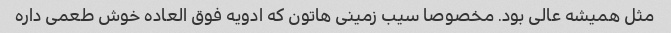
‌مثل همیشه عالی بود. مخصوصا سیب زمینی هاتون که ادویه فوق العاده خوش طعمی داره